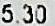
5.30